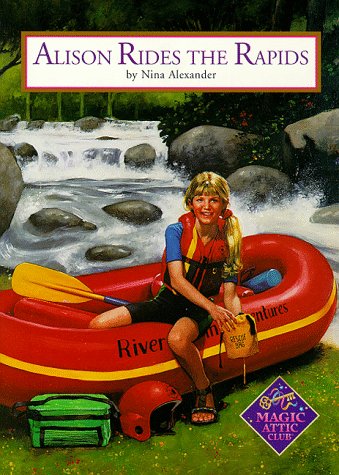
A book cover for Alison Rides The Rapids (Magic Attic Club); Nina Alexander; Sports & Outdoors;